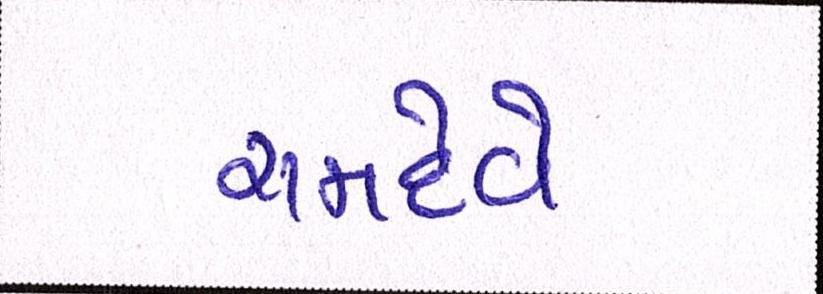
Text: રામદેવે